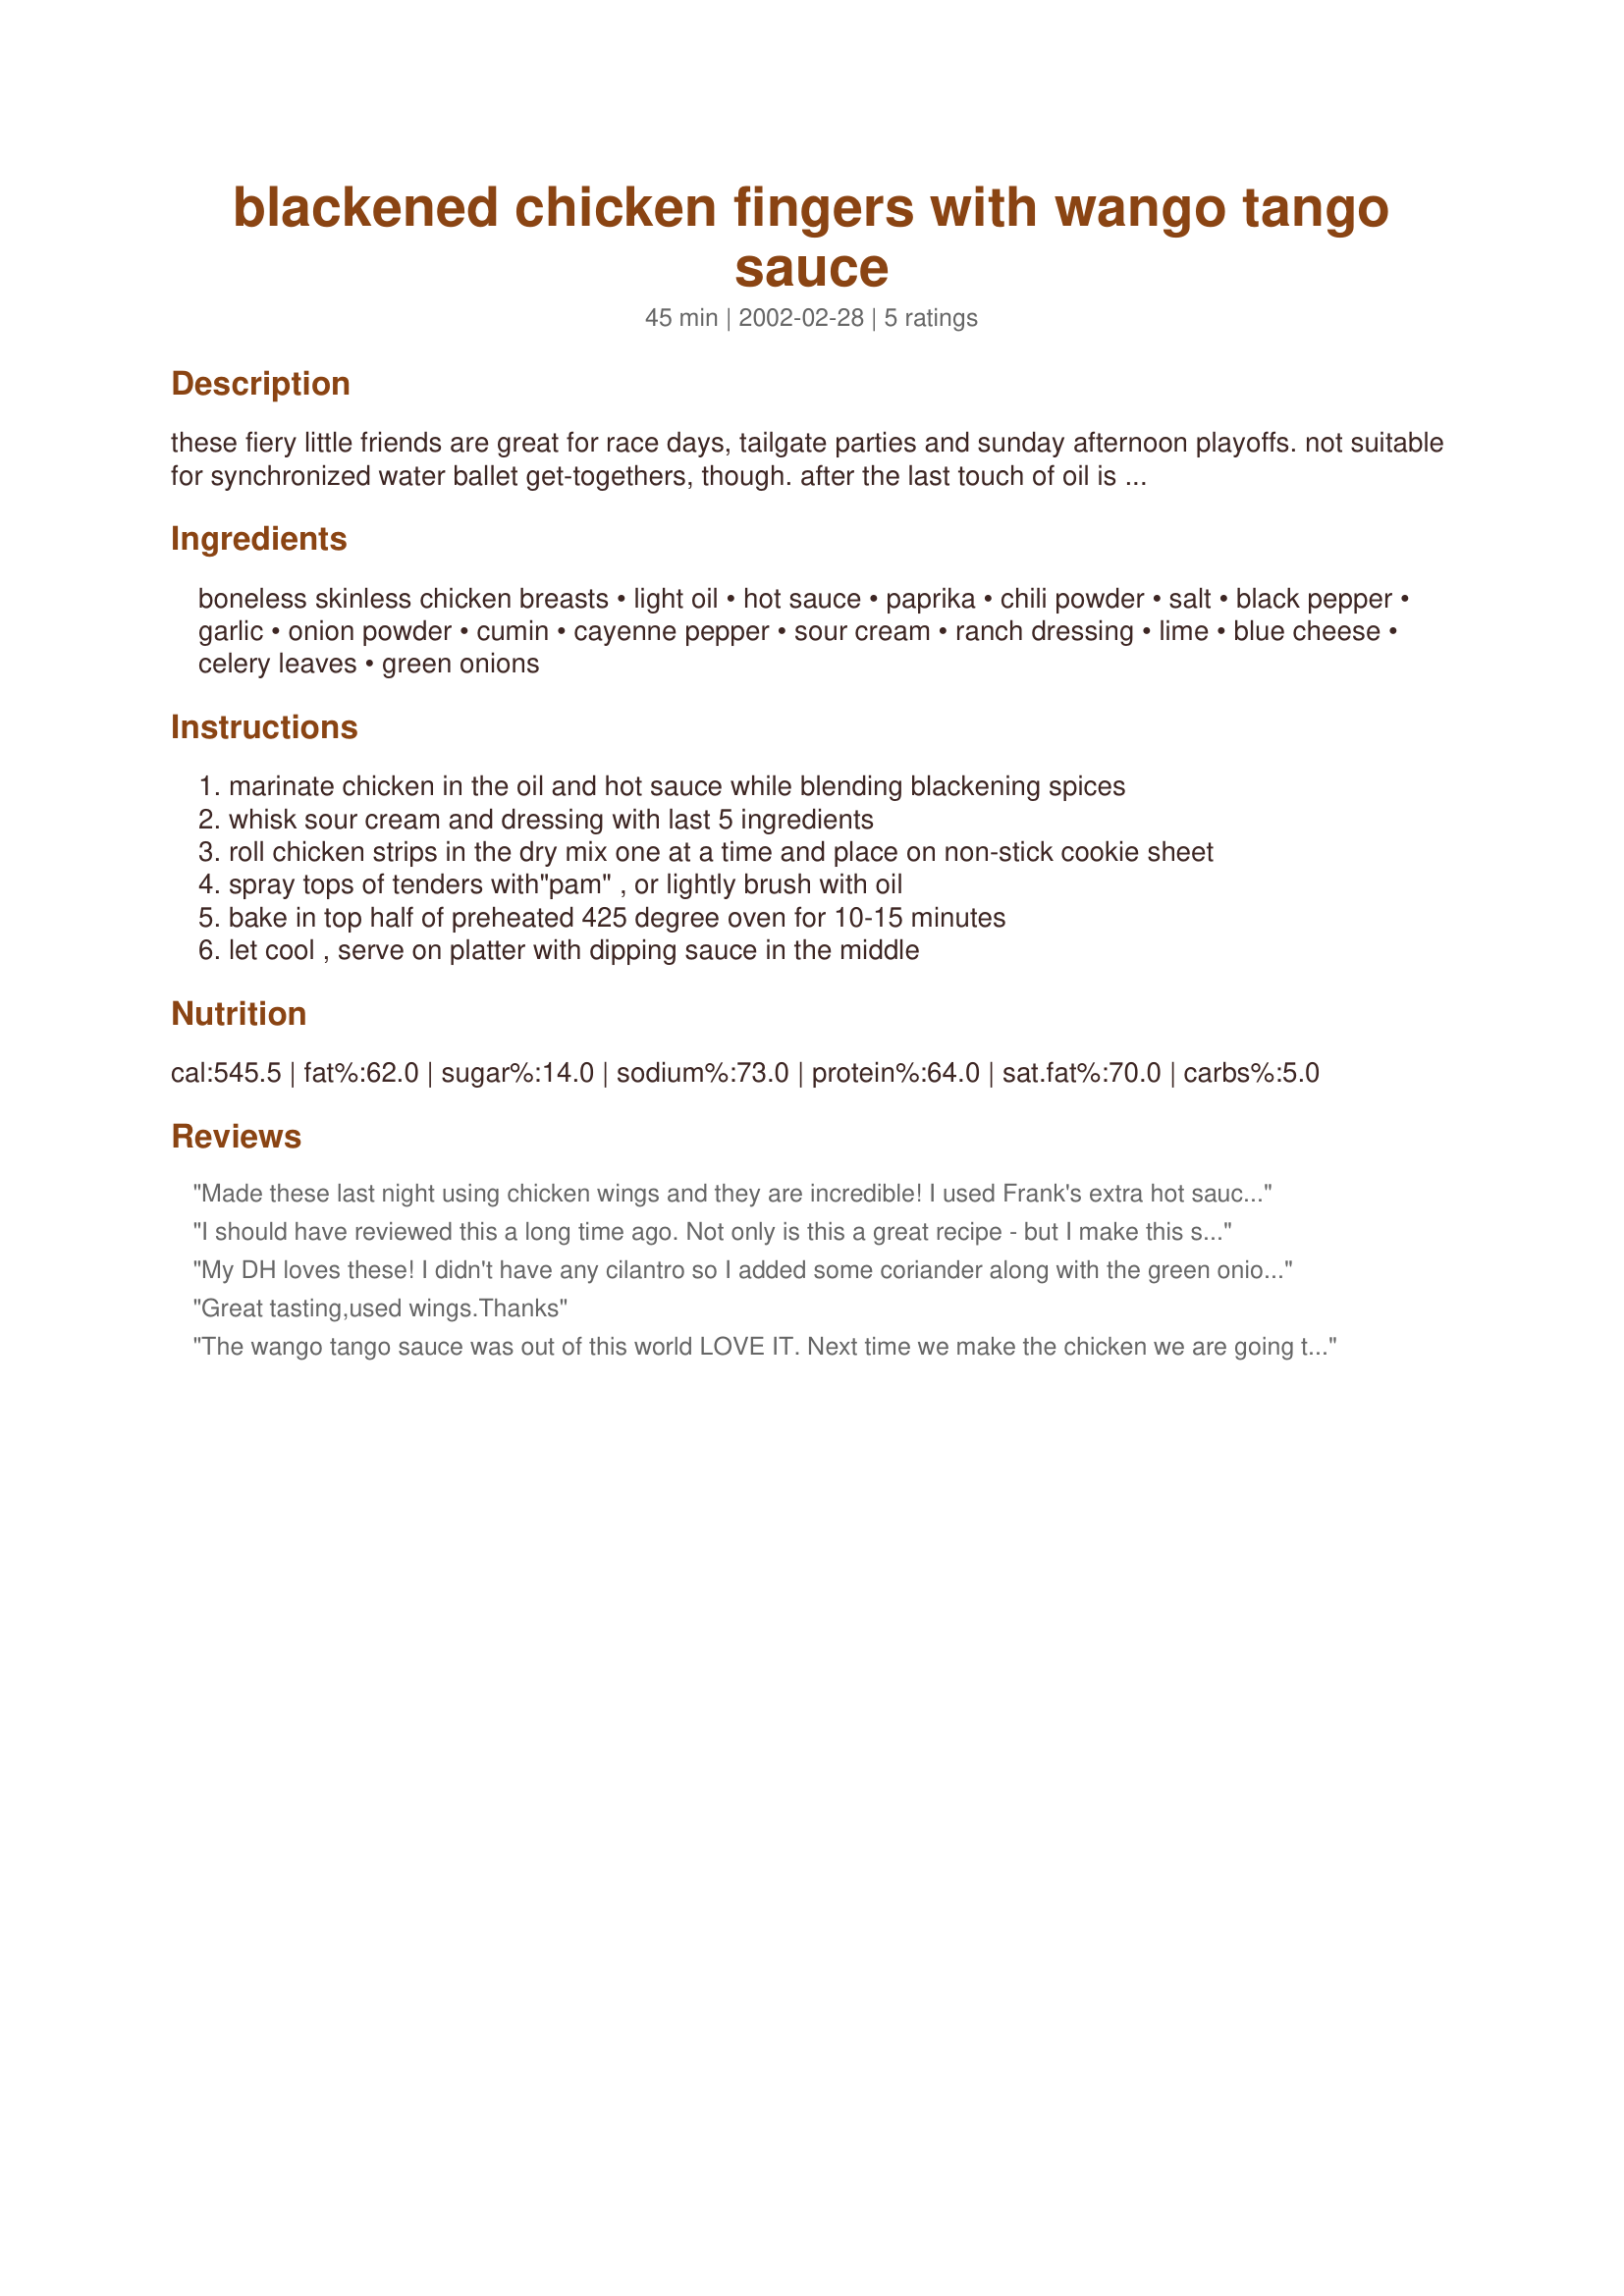
blackened chicken fingers with wango tango sauce
Preparation time: 45 minutes

these fiery little friends are great for race days, tailgate parties and sunday afternoon playoffs. not suitable for synchronized water ballet get-togethers, though. after the last touch of oil is added they could be char-grilled if you don't want to heat the oven.

Ingredients:
boneless skinless chicken breasts, light oil, hot sauce, paprika, chili powder, salt, black pepper, garlic, onion powder, cumin, cayenne pepper, sour cream, ranch dressing, lime, blue cheese, celery leaves, green onions

Steps:
marinate chicken in the oil and hot sauce while blending blackening spices
whisk sour cream and dressing with last 5 ingredients
roll chicken strips in the dry mix one at a time and place on non-stick cookie sheet
spray tops of tenders with"pam" , or lightly brush with oil
bake in top half of preheated 425 degree oven for 10-15 minutes
let cool , serve on platter with dipping sauce in the middle

Reviews:
Made these last night using chicken wings and they are incredible! I used Frank's extra hot sauce, and must admit to using a 'tad' more than 1 Tbsp for the marinade - but I like things hot. The spice mix for the chicken was very tasty and the marinade added that extra kick that left my mouth singing afterwards. The sauce is a must - very cooling and tasty. I've dipped wings in blue cheese sauce and I've dipped in ranch, but never would have thought to combine the two flavors. Thanks, Chef Blade for a unique recipe - I will likely be making it as a frequent weekend treat.
I should have reviewed this a long time ago. Not only is this a great recipe - but I make this spice mix in bulk quantities, and use it for virtually everything! I like to try different paprikas like smoked and sweet... I keep it in a big shaker jar - it's my "essence". It tastes especially great on salmon. Thanks for a great recipe!
My DH loves these! I didn't have any cilantro so I added some coriander along with the green onions. Really nice contrast with the cool sauce and the hot chicken!
Great tasting,used wings.Thanks
The wango tango sauce was out of this world LOVE IT. Next time we make the chicken we are going to sprinkle the chicken liberally with the spices instead of rolling them as they became so saturated with the blackening that we scraped 70% off before we could eat it. Very tasty and we will make it again
